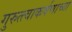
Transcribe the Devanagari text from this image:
गुरुत्त्वाकर्षणाच्या